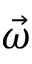
\vec { \omega }